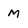
Character: m